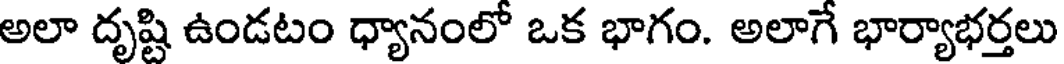
అలా దృష్టి ఉండటం ధ్యానంలో ఒక భాగం. అలాగే భార్యాభర్తలు